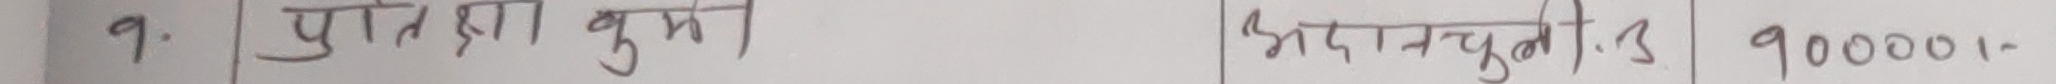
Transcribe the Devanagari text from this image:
१. पुस्तका मुक्त अदनयुक्त १.३ ९००००/-